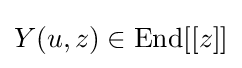
Y(u,z)\in \operatorname {End} [[z]]